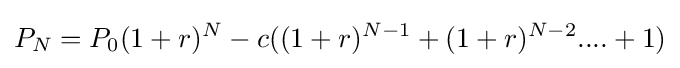
P_{N}=P_{0}(1+r)^{N}-c((1+r)^{N-1}+(1+r)^{N-2}....+1)